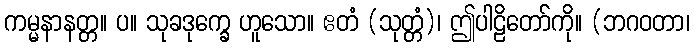
ကမ္မနာနတ္တ။ ပ။ သုခဒုက္ခေ ဟူသော။ ဧတံ (သုတ္တံ)၊ ဤပါဠိတော်ကို။ (ဘဂဝတာ၊